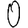
Digit: 0